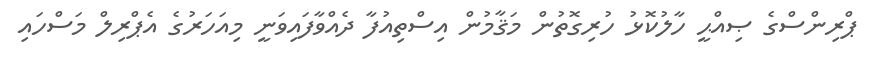
ޕްރިންސްގެ ޞިއްޙީ ހާލުކޮޅު ހުރިގޮތުން މަޤާމުން އިސްތިއުފާ ދެއްވާފައިވަނީ މިއަހަރުގެ އެޕްރިލް މަސްހައި